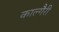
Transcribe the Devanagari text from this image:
काल्गैरी